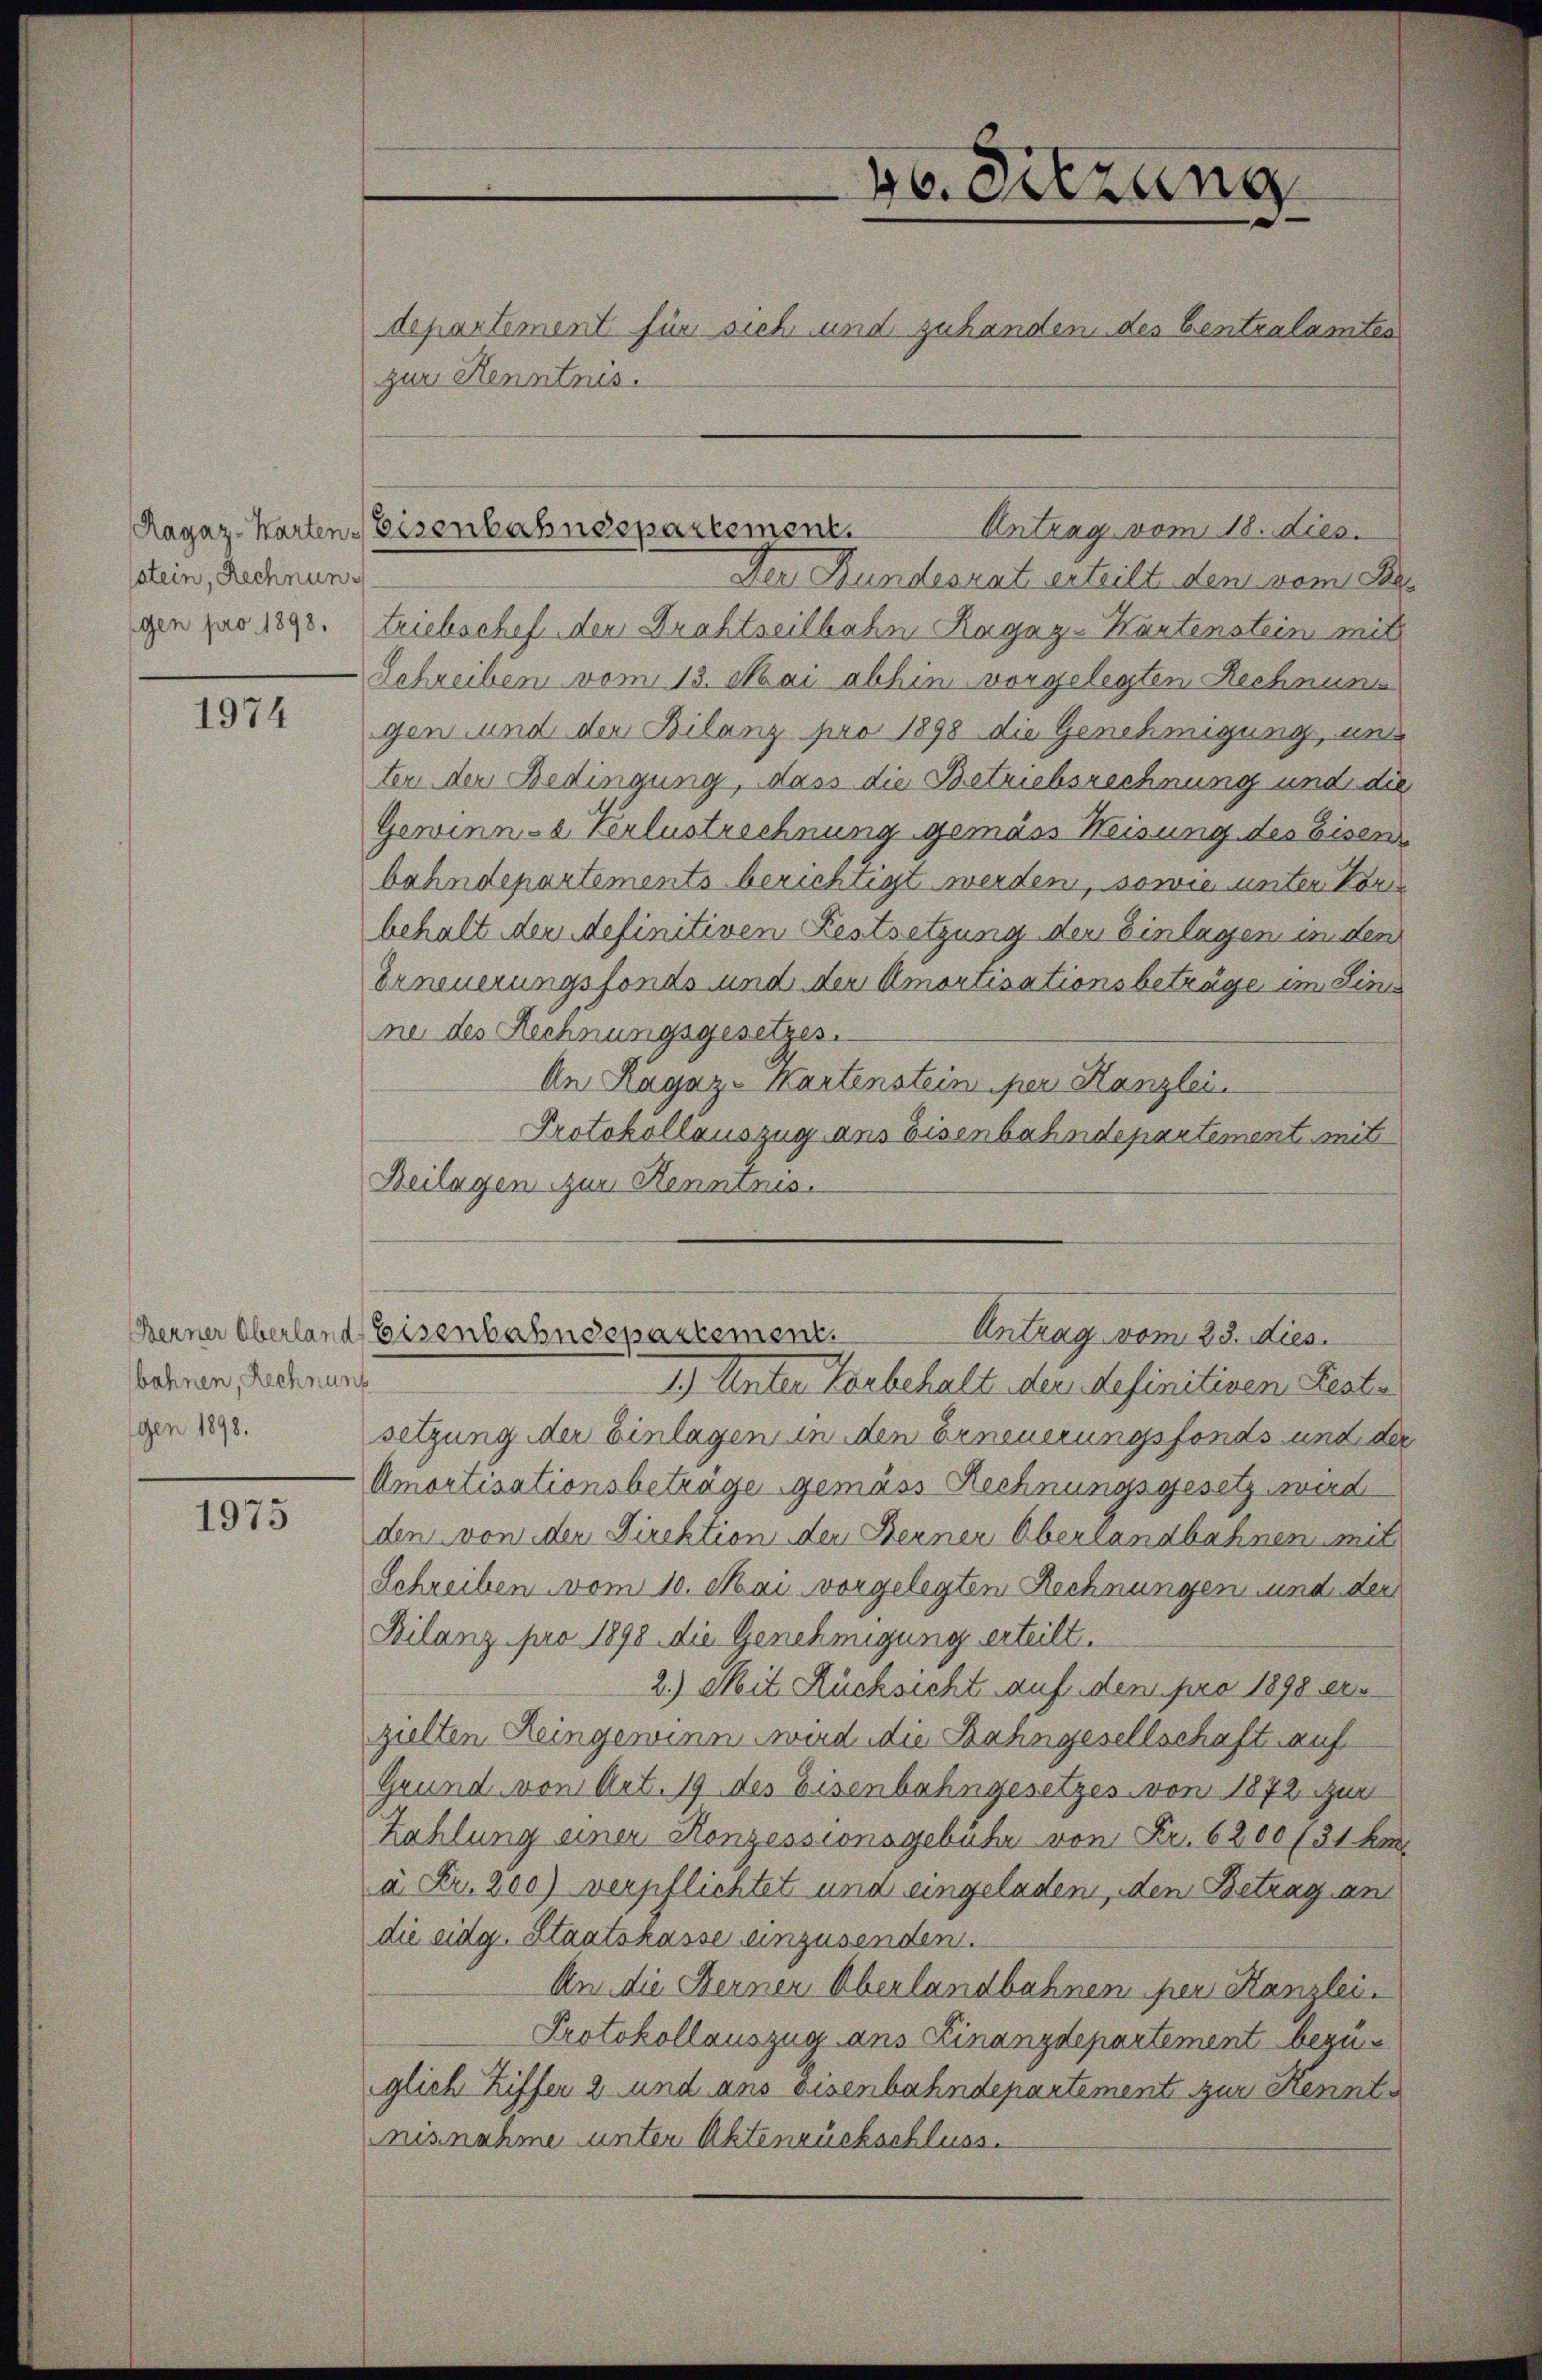
Ragaz-Karten.
stein, Rechnung

1974

bahnen, Rechnung
gen 1898.

1975

zur Kenntnis.

30. Sitzung
departement für sich und zuhanden des Centralamtes

Antrag vom 18. dies
Eisenbahndepartement.

Berner Oberland Eisenbahndepartement.
Antrag vom 23. dies

Der Bundesrat erteilt, den dem Ber
gen pro 1890. triebschef den Drahtseitbahn Ragaz-Kartenstein mit
Schreiben vom 13. Mai abhin vorgelegten Rechnung
gen und der Bilanz pro 1898 die Genehmigung, und
ter der Bedingung, dass die Betriebsrechnung und die
Gewinn-a Verlustrechnung gemäss Weisung des Eisen
bahndepartements berichtigt werden, sowie unter Korre
behalt der definitiven Festsetzung der Einlagen unden
Erneuerungsfonds und der Amortisationsbeträge im Lini
ne des Rechnungsgesetzes.
An Ragaz-Kartenstein per Kanzlei.
Protokollauszug aus Eisenbahndepartement mit
Beilagen zur Kenntnis.
1.) Unter Vorbehalt der definitiven Reste
setzung der Einlagen in den Erneuerungsfonds und der
Amortisationsbeträge gemäss Rechnungsgesetz wird
den von der Direktion der Berner Oberrandbahnen mit
Schreiben vom 10. Mai vorgelegten Rechnungen und der
Bilanz pro 1898 die Genehmigung erteilt.
2.) Mit Rücksicht auf den pro 1898 ein
zielten Leingewinn wird die Bahngesellschaft auf
Grund von Art. 19 des Eisenbahngesetzes von 1872 un
Zahlung einer Konzessionsgebühr von Fr. 6200 (31 kr
à Fr. 200) verpflichtet und eingeladen, den Betrag an
die eidg. Staatskasse einzusenden.
An die Berner Oberlandbahnen per Kanzlei.
Protokollauszug ans Finanzdepartement begüiglich Ziffer 2 und ans eisenbahndepartement zur Kenntnisnahme unter Aktenrückschluss.